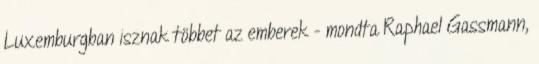
Luxemburgban isznak többet az emberek - mondta Raphael Gassmann,